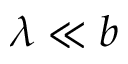
\lambda \ll b